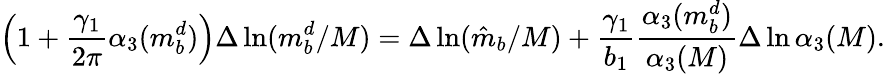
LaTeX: \left(1+\frac{\gamma_{1}}{2\pi}\alpha_{3}(m_{b}^{d})\right)\Delta\ln(m_{b}^{d}/M)=\Delta\ln(\hat{m}_{b}/M)+\frac{\gamma_{1}}{b_{1}}\frac{\alpha_{3}(m_{b}^{d})}{\alpha_{3}(M)}\Delta\ln\alpha_{3}(M).